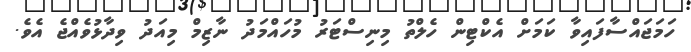
ހަމަޖައްސާފައިވާ ކަމަށް އެކްޓިން ހެލްތު މިނިސްޓަރު މުހައްމަދު ނާޒިމް މިއަދު ވިދާޅުވެއްޖެ އެވެ.